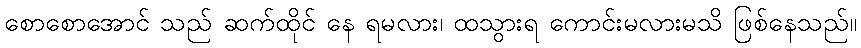
စောစောအောင် သည် ဆက်ထိုင် နေ ရမလား၊ ထသွားရ ကောင်းမလားမသိ ဖြစ်နေသည်။